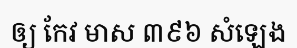
ឲ្យ កែវ មាស ៣៩៦ សំឡេង